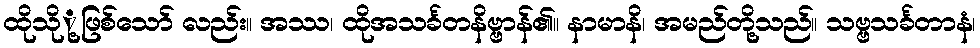
ထိုသိုု့ဖြစ်သော် လည်း။ အဿ၊ ထိုအသင်္ခတနိဗ္ဗာန်၏။ နာမာနိ၊ အမည်တို့သည်။ သဗ္ဗသင်္ခတာနံ၊